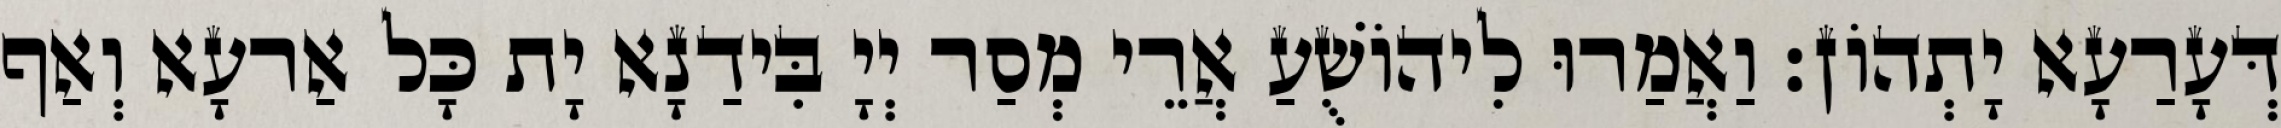
דְּעָרַעָא יָתְהוֹן׃ וַאֲמַרוּ לִיהוֹשֻׁעַ אֲרֵי מְסַר יְיָ בִּידַנָא יָת כָּל אַרעָא וְאַף